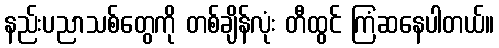
နည်းပညာသစ်တွေကို တစ်ချိန်လုံး တီထွင် ကြံဆနေပါတယ်။